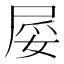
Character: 𱚺